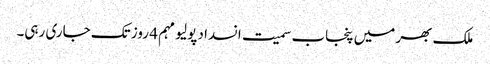
ملک بھر میں پنجاب سمیت انسداد پولیو مہم 4 روز تک جاری رہی۔